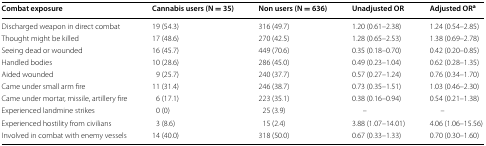
<table><thead><tr><td><b>Combat exposure</b></td><td><b>Cannabis users (N = 35)</b></td><td><b>Non users (N = 636)</b></td><td><b>Unadjusted OR</b></td><td><b>Adjusted OR<sup>a</sup></b></td></tr></thead><tbody><tr><td>Discharged weapon in direct combat</td><td>19 (54.3)</td><td>316 (49.7)</td><td>1.20 (0.61–2.38)</td><td>1.24 (0.54–2.85)</td></tr><tr><td>Thought might be killed</td><td>17 (48.6)</td><td>270 (42.5)</td><td>1.28 (0.65–2.53)</td><td>1.38 (0.69–2.78)</td></tr><tr><td>Seeing dead or wounded</td><td>16 (45.7)</td><td>449 (70.6)</td><td>0.35 (0.18–0.70)</td><td>0.42 (0.20–0.85)</td></tr><tr><td>Handled bodies</td><td>10 (28.6)</td><td>286 (45.0)</td><td>0.49 (0.23–1.04)</td><td>0.62 (0.28–1.35)</td></tr><tr><td>Aided wounded</td><td>9 (25.7)</td><td>240 (37.7)</td><td>0.57 (0.27–1.24)</td><td>0.76 (0.34–1.70)</td></tr><tr><td>Came under small arm fire</td><td>11 (31.4)</td><td>246 (38.7)</td><td>0.73 (0.35–1.51)</td><td>1.03 (0.46–2.30)</td></tr><tr><td>Came under mortar, missile, artillery fire</td><td>6 (17.1)</td><td>223 (35.1)</td><td>0.38 (0.16–0.94)</td><td>0.54 (0.21–1.38)</td></tr><tr><td>Experienced landmine strikes</td><td>0 (0)</td><td>25 (3.9)</td><td>–</td><td>–</td></tr><tr><td>Experienced hostility from civilians</td><td>3 (8.6)</td><td>15 (2.4)</td><td>3.88 (1.07–14.01)</td><td>4.06 (1.06–15.56)</td></tr><tr><td>Involved in combat with enemy vessels</td><td>14 (40.0)</td><td>318 (50.0)</td><td>0.67 (0.33–1.33)</td><td>0.70 (0.30–1.60)</td></tr></tbody></table>